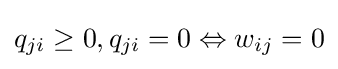
q_{ji}\geq 0,q_{ji}=0\Leftrightarrow w_{ij}=0